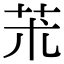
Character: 𦬸